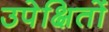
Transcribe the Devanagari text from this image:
उपेक्षितों